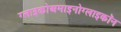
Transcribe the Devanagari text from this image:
ग्लाइकोअमाइनोग्लाइकॉन